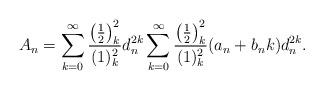
LaTeX: \begin{align*}A_n = \sum_{k=0}^{\infty} \frac{\left(\frac12\right)_k^2}{(1)_k^2} d_n^{2k}\sum_{k=0}^{\infty} \frac{\left(\frac12\right)_k^2}{(1)_k^2} (a_n+b_nk) d_n^{2k}.\end{align*}